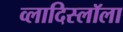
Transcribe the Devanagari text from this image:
व्लादिस्लॉला